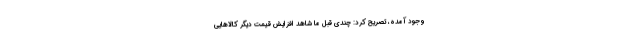
وجود آمده، تصریح کرد: چندی قبل ما شاهد افزایش قیمت دیگر کالا‌هایی